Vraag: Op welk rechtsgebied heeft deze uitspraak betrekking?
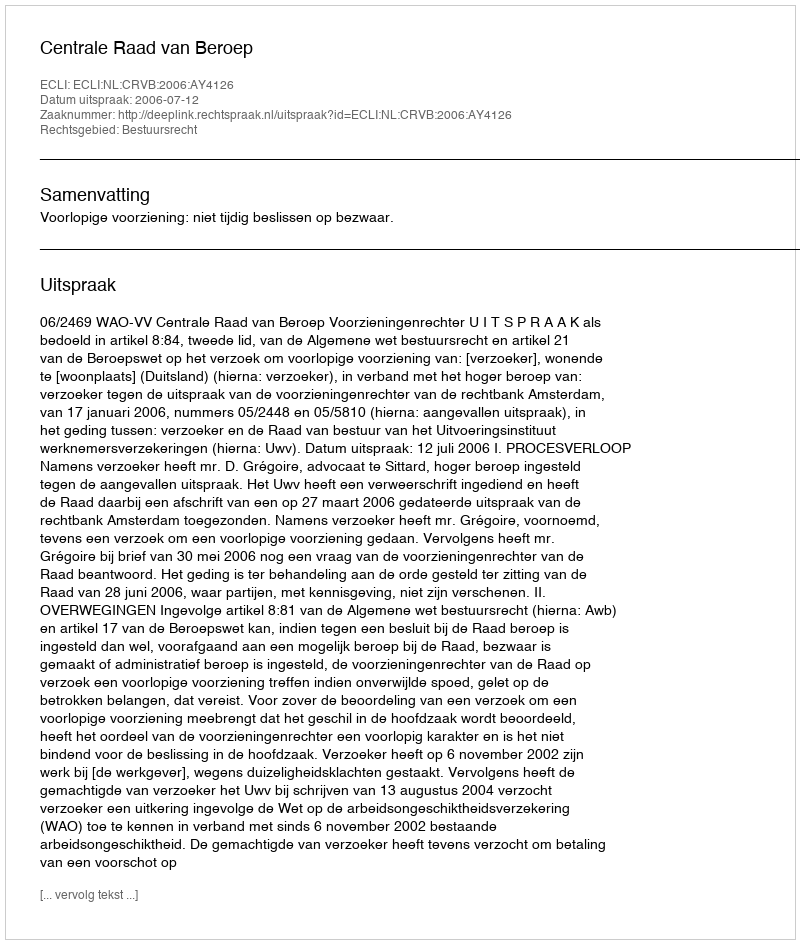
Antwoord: Bestuursrecht